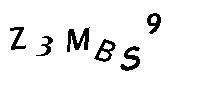
Z3MBS9